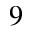
^ { 9 }